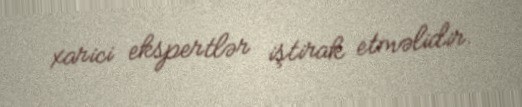
xarici ekspertlər iştirak etməlidir.